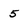
Character: 5